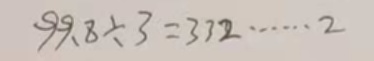
9 9 . 8 \div 3 = 3 3 2 \dot s \dot s 2